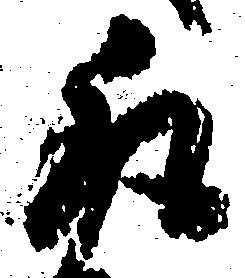
取